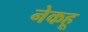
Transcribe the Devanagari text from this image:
नेकहू